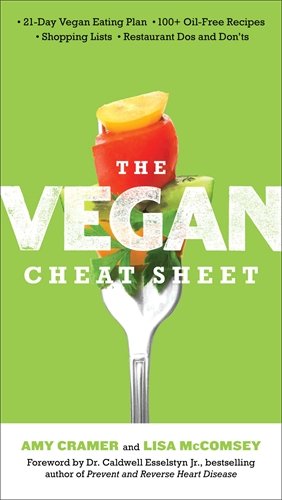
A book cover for The Vegan Cheat Sheet: Your Take-Everywhere Guide to Plant-based Eating; Amy Cramer; Cookbooks, Food & Wine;